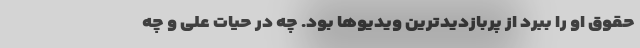
حقوق او را ببُرد از پربازدیدترین ویدیوها بود. چه در حیات علی و چه